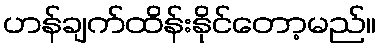
ဟန်ချက်ထိန်းနိုင်တော့မည်။